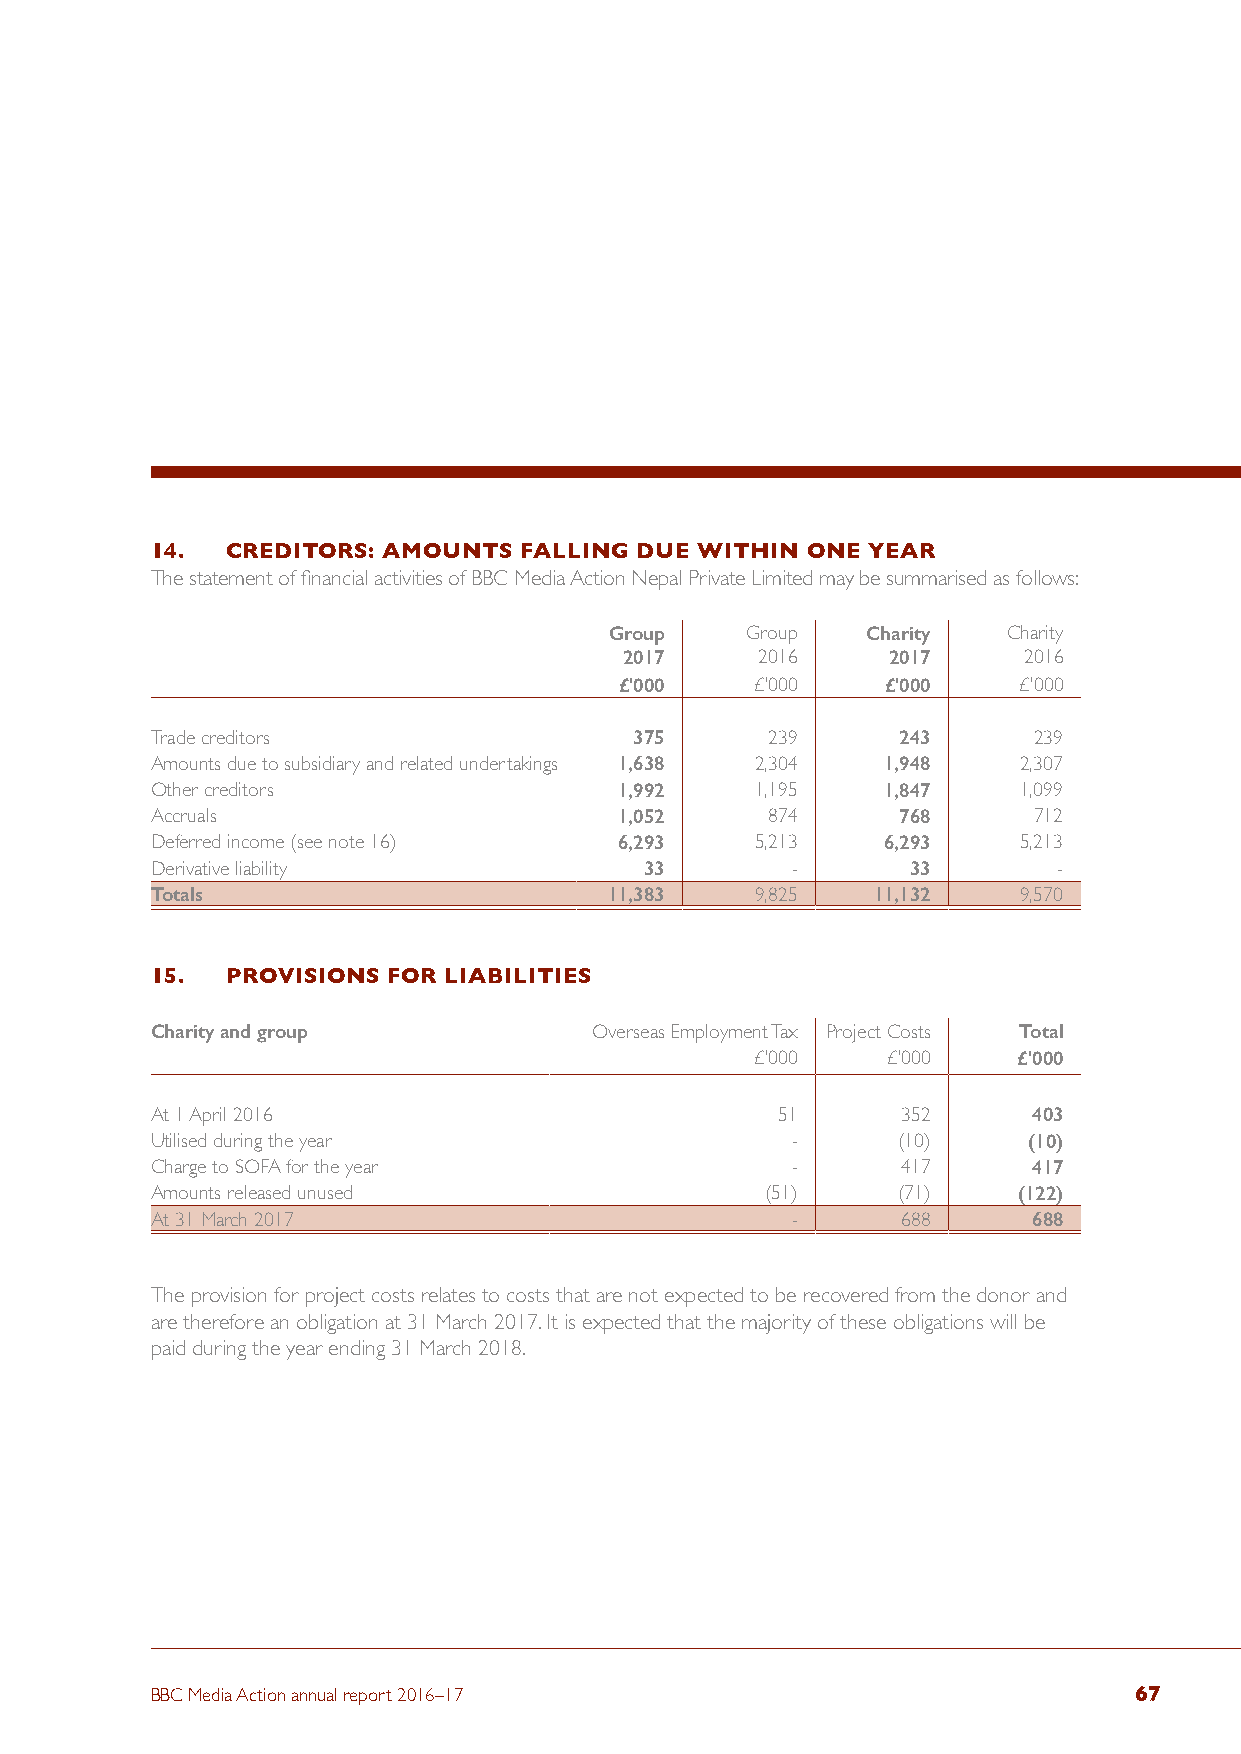
14.  CREDITORS: AMOUNTS FALLING DUE WITHIN ONE YEAR
 The statement of financial activities of BBC Media Action Nepal Private Limited may be summarised as follows:
 Group    Group   Charity   Charity
 2017     2016     2017     2016
 £'000    £'000    £'000   £'000
 Trade creditors                 375      239      243     239
 Amounts due to subsidiary and related undertakings 1,638 2,304 1,948 2,307
 Other creditors                1,992    1,195   1,847     1,099
 Accruals                       1,052     874      768     712
 Deferred income (see note 16)  6,293    5,213   6,293     5,213
 Derivative liability             33       -       33        -
 Totals                        11,383    9,825   11,132    9,570
 15.  PROVISIONS FOR LIABILITIES
 Charity and group            Overseas Employment Tax Project Costs Total
 £'000    £'000   £'000
 At 1 April 2016                          51       352     403
 Utilised during the year                  -      (10)     (10)
 Charge to SOFA for the year               -       417     417
 Amounts released unused                  (51)    (71)    (122)
 At 31 March 2017                          -       688     688
 The provision for project costs relates to costs that are not expected to be recovered from the donor and
 are therefore an obligation at 31 March 2017. It is expected that the majority of these obligations will be
 paid during the year ending 31 March 2018.
 BBC Media Action annual report 2016–17                           67